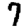
Digit: 7